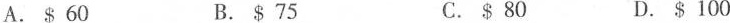
A. $ 60 B. $ 75 C. $ 80 D. $ 100